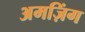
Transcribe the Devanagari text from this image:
अमज़िंग